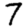
Digit: 7